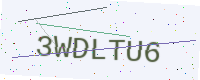
Text: 3WDLTU6